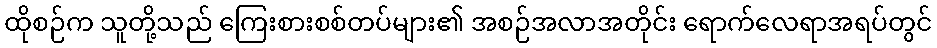
ထိုစဉ်က သူတို့သည် ကြေးစားစစ်တပ်များ၏ အစဉ်အလာအတိုင်း ရောက်လေရာအရပ်တွင်